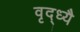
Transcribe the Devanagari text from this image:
वृद्ध्यै